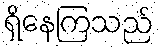
ရှိနေကြသည်